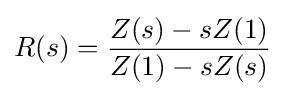
R(s)={\frac {Z(s)-sZ(1)}{Z(1)-sZ(s)}}